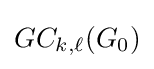
GC_{k,\ell }(G_{0})